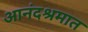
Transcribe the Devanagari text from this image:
आनंदश्रमात